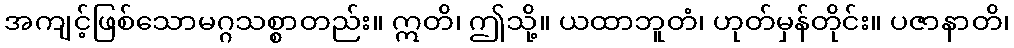
အကျင့်ဖြစ်သောမဂ္ဂသစ္စာတည်း။ ဣတိ၊ ဤသို့။ ယထာဘူတံ၊ ဟုတ်မှန်တိုင်း။ ပဇာနာတိ၊